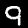
Digit: 9